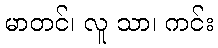
မာတင်၊ လူ သာ၊ ကင်း